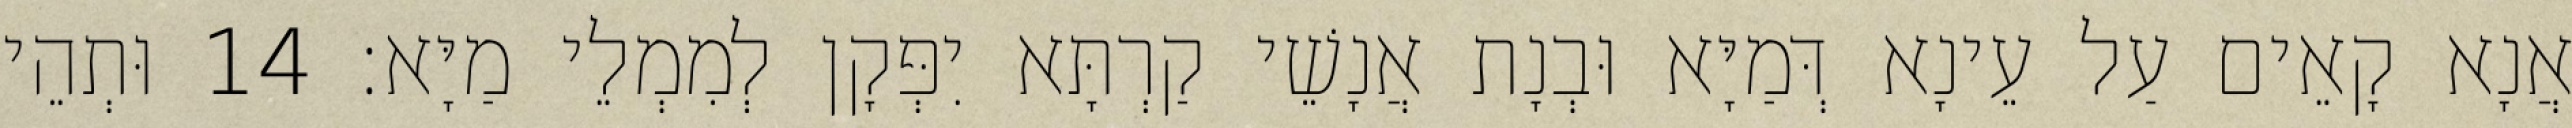
אֲנָא קָאֵים עַל עֵינָא דְּמַיָּא וּבְנָת אֲנָשֵׁי קַרְתָּא יִפְּקָן לְמִמְלֵי מַיָּא׃ 14 וּתְהֵי